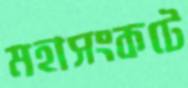
মহাসংকটে